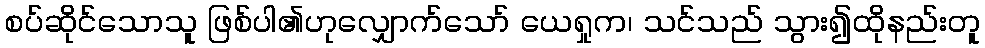
စပ်ဆိုင်သောသူ ဖြစ်ပါ၏ဟုလျှောက်သော် ယေရှုက၊ သင်သည် သွား၍ထိုနည်းတူ